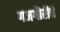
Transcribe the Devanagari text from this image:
गजगौरीचे